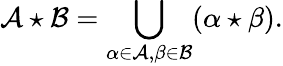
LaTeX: {\mathcal{A}}\star{\mathcal{B}}=\bigcup_{\alpha\in{\mathcal{A}},\beta\in{\mathcal{B}}}(\alpha\star\beta).